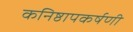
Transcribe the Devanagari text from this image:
कनिष्ठापकर्षणी